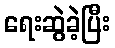
ရေးဆွဲခဲ့ပြီး